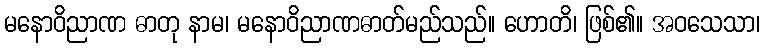
မနောဝိညာဏ ဓာတု နာမ၊ မနောဝိညာဏဓာတ်မည်သည်။ ဟောတိ၊ ဖြစ်၏။ အဝသေသာ၊